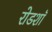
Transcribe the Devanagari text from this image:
रोडशाॅ